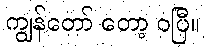
ကျွန်တော် တော့ ဝပြီ။